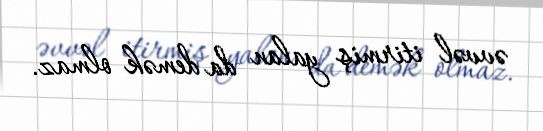
əvvəl itirmiş yalan da demək olmaz.